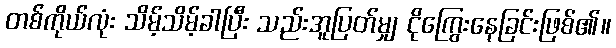
တစ်ကိုယ်လုံး သိမ့်သိမ့်ခါပြီး သည်းအူပြတ်မျှ ငိုကြွေးနေခြင်းဖြစ်၏။